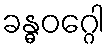
ခန္ဓဝဂ္ဂေါ